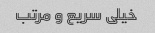
خیلی سریع و مرتب